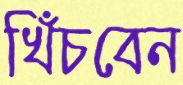
খিঁচবেন